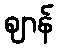
ဈာန်